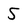
Character: 5